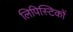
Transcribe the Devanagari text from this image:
लिपिस्टिकों